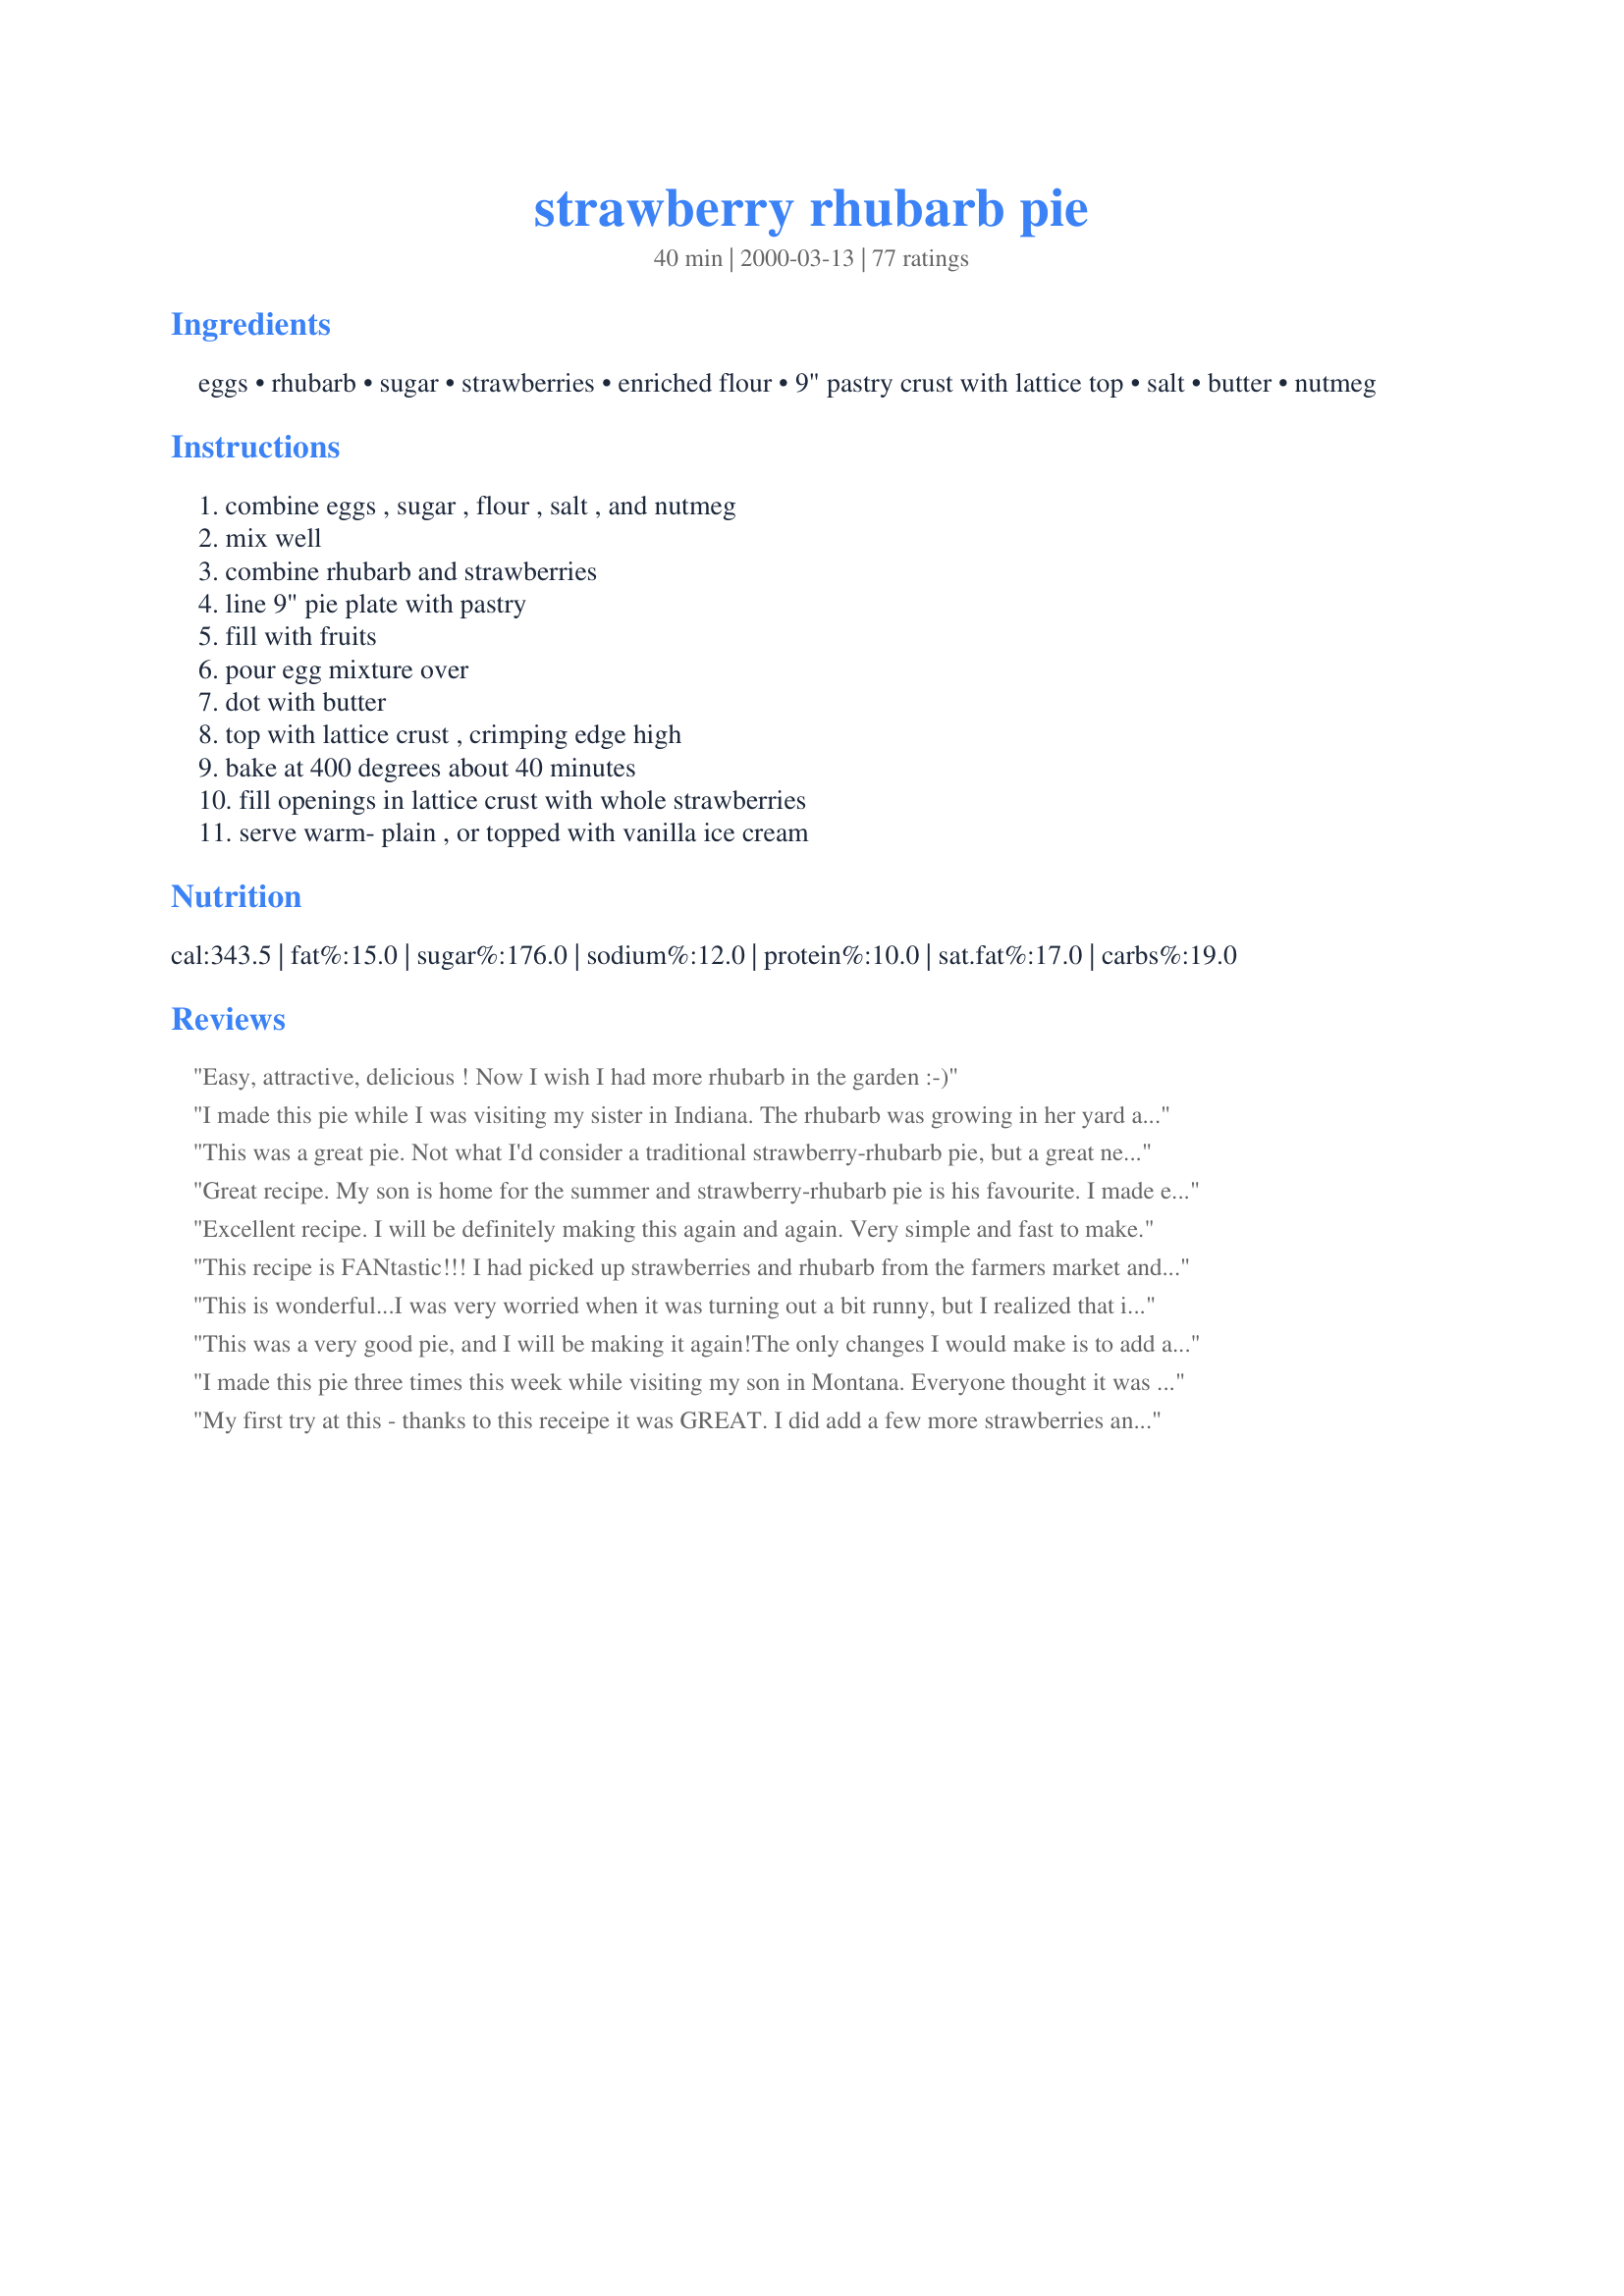
strawberry rhubarb pie
Preparation time: 40 minutes

Ingredients:
eggs, rhubarb, sugar, strawberries, enriched flour, 9" pastry crust with lattice top, salt, butter, nutmeg

Steps:
combine eggs , sugar , flour , salt , and nutmeg, mix well, combine rhubarb and strawberries, line 9" pie plate with pastry, fill with fruits, pour egg mixture over, dot with butter, top with lattice crust , crimping edge high, bake at 400 degrees about 40 minutes, fill openings in lattice crust with whole strawberries, serve warm- plain , or topped with vanilla ice cream

Reviews:
Easy, attractive, delicious ! Now I wish I had more rhubarb in the garden :-)
I made this pie while I was visiting my sister in Indiana. The rhubarb was growing in her yard and the strawberries at the grocery store looked great.
The pie was excellent and enjoyed by everyone. Thank you for this recipe CoffeeMom. (I'm making it again today for my husband, at home.)
This was a great pie. Not what I'd consider a traditional strawberry-rhubarb pie, but a great new experience. This is my husband's favorite kind of pie so I decided to give it a whirl. He said that it was different than anything he's had, but it is now his favorite kind of rhubarb pie. He really liked the custard addition and I liked it because it was SO easy to make. Thank you!
Great recipe. My son is home for the summer and strawberry-rhubarb pie is his favourite. I made exactly as per the recipe, but instead of the lattice top, I used a flour, butter and sugar mixture that I crumbled over the top. Excellent!
Excellent recipe. I will be definitely making this again and again. Very simple and fast to make.
This recipe is FANtastic!!! I had picked up strawberries and rhubarb from the farmers market and had never made this pie before and it turned out AMAZING!!! My new fave pie to eat and make!
This is wonderful...I was very worried when it was turning out a bit runny, but I realized that in this recipe you have called for a homemade shell, which is bigger and deeper. I bought a pre-made shell and normally they are smaller, so I added less of the sauce and it seemed to work out great. cooked in conventional oven for about 25-30 min. Thanks for the recipe, this one is a keeper!
This was a very good pie, and I will be making it again!<br/>The only changes I would make is to add a little more strawberries and less rhubarb. I took this to work for a co-worker's birthday and everyone loved it.
I made this pie three times this week while visiting my son in Montana. Everyone thought it was fantastic. I didn't change anything except I didn't pretty it up with the whole strawberries. I certainly give it five stars!
My first try at this - thanks to this receipe it was GREAT. I did add a few more strawberries and cut the rhubarb back to 2 cups but I don't think it changed the taste that much!
This pie is very good but the texture was a bit custard-y. Next time I'll use only 2 eggs and see how that works out. It is a very pretty pie and a summer speciality.
This was absolutely delicious! I had to sub Splenda for the sugar, but otherwise followed the recipe to a 'T' and it turned out perfectly. I used fresh strawberries that had been rinsed and drained and my filling held up marvelously - no issues.
This was strawberry rhubarb soup. Followed the directions exactly and had an expensive, embarrassing mess. The rhubarb was also still hard even though I cut it very thin but the crust was burning. I suggest baking at a lower temp for a longer amount of time if you MUST use this recipe. Yuck...
I was surprised and saddened - I actively disliked this pie. I felt the nutmeg really didn't work - it clashed strongly with the tart strawberries and rhubarb, making an unpleasant flavour.

Also, like another one of the commenters, this pie was utterly liquid, which also surprised me. I hypothesise that in my case, this was due to the use of both frozen rhubarb and frozen strawberries, which contained too much liquid (should have thawed and drained), but the custard didn't stand a chance. With fresh ingredients, I MIGHT give it another chance, but I'd definitely cut out the nutmeg.

I'm glad it has worked for others, but the only thing I liked about my piece was my crust.
I have never made a strawberry rhubarb pie before and I liked this recipe because of its simplicity..This was a very good pie that didn't disappoint a keeper for sure... thanks CoffeeMom
My family and I really enjoyed this. I had been looking for a way to use some unsweetened strawberry preserves. I followed this recipe exactly as it was written, except for substituting the unsweetened strawberry preserves for fresh strawberries. It worked beautifully -- tasted great and nice consistency.

Thank you for such a good. light dessert.
Great taste.
it was dreadful. there was tons of liquid It was more like a soup.
Great Pie - not runny all over the place. I'm not crazy about nutmeg but that's just personal preferance. Thanks for the recipe.
This pie went over pretty well with everyone. The one thing I would change would be more strawberries, and less rhubarb! I like a little less of the sour I guess. I didn't add the whole strawberries into the lattice holes, but I did apply egg wash to the pie for that nice shiny effect. 

Also, this time of year, I can't get fresh strawberries or rhubarb, so I used frozen whole strawberries, which I sliced, and frozen sliced rhubarb. 

I used a 9 inch Pillsbury Pet-Ritz DEEP crust (frozen), and I used a Pillsbury All Ready Pie crust (ready to use--refrigerated) for the lattice on top. I used my egg wash to help the pie dough stick the the frozen crust (it was semi-thawed by the time I did this). 

We had this pie (I made two of them) today for Christmas dinner. We took pictures with my digital camera, and I have uploaded a picture for this recipe. 

Thanks for posting!
Pie was great!! Filling spilled over the sides which took away from the looks but it tasted great.
This was the answer to a prayer. Wonderful sweet and sour taste and so easy to make. My hubby says this is his favorite new pie. Thanks! Dolores
I forgot to rate this last summer when I used fresh rhubarb. It was the best strawberry rhubarb pie ever. Everyone loved it. So, I'm making it for Thanksgiving using frozen rhubarb and strawberries. I hope it's just as good. I'll let ya know. Oh, I bake on the bottom rake so the crust isn't doughy. I made this using frozen rhubarb and it wasn't as good. The rhubarb was rubbery. I'll have to experiment with the frozen. Fresh rhubarb was awesome!
Very delicious. The eggs made a nice custardy texture.
I would give this recipe 10+ it was excellent, easy, not too sweet, not too sour, not runny, not too firm...just right.....Do try!
Never had rhubarb pie before... this was sweet and sour and I think I will make it again once rhubarb goes back on sale =)
This recipe is one of my favorites. I was visiting my dad&#039;s ranch and he had lots of rhubarb growing in the garden so I made use of as much as possible. With the addition of strawberries this was a perfect blend of sweet and sour. I used refrigerated pie crusts so it was easy making a lattice top crust. I brushed with milk and sprinkled with sugar to give a really pretty crust. This is a keeper
I made this recipe last week after trying several different ones. It was wonderful & my father who has never been one of much praise said it was the best he had had in his 70 years. Thanks so much for sharing it with the community!
Great!!!
This did not set up at all.I cut into it and it was soup,total liquid.It was a waste of time and ingredients.I definitely will not make this again!
Just made this today and it was excellent. My husband says it is just like "ma's", so that is itself is a huge compliment.
This was the messiest pie I have ever made. To quote my husband, he said, "This is rhubarb goulash." It tasted fine, but the presentation was terrible. Too bad I had company over.
Excellent! Took this to a party with about 25 people there and they cleaned it up. They were sharing pieces to make sure they all got a taste and even the people who didn't think they liked rhubarb liked this.
My husband and i literally finished this cake off in two days.. it was delicious!! I think next time I might increase the fruit a bit... fantastic cake!! :)
Thank You, Thank You, Thank You! This is without a doubt the BEST Strawberry-Rhubarb Pie my family has ever had---the best part---they all agreed it was! Made it with EggBeaters, Splenda, Promise Margarine---Outstanding!
This was my first strawberry-rhubarb pie I've made and it turned out great! My husband had never had one before and he thought it was excellent. The eggs really add to the recipe, wonderful texture.
This is so good. The only thing I did different was ... I bought the pie crust and used one for the bottom and one on top just cut slits for the top one.
Awesome pie!! I did everything like the recipe said except I added a whole pint of strawberries. It turned out GREAT! Not runny at all. The juices didn't spill over or anything. Thanks for the great recipe!
Tasty, but I think I will stick to the more traditional strawberry-rhubarb pie recipes.
This recipe appealed to me because of how easy it was.The ingredients were simple- all you have to go out of your way for is the rhubarb and strawberries. I used a little more rhubarb and strawberries than what the recipe called for and only 1 cup of sugar. I found this to be perfect. I don't like things that are overly sweet and this seemed to work. You must have an appreciation for sour though, like apple pie's made with Granny Smith's.
This was delicious...I didn't really follow the amounts...I just put enough strawberries in rhubarb in to fill two pies, then made the egg mix to pour on top. I made a different crust recipe that was super simple and delicious...I used whole wheat flour and I think it added a nice touch of flavor. :)
This was a very yummy pie. I used turbinado sugar instead of regular sugar. I also used two pie shells; one for bottom and one spliced to make lattice. I was pressed for time and it seemed to work beautifully. My family loved every bite. My youngest two were licking their plates clean. Thanks for the great pie!
I liked the blend of flavors, but the rhubarb was not done in 45 minutes and it looked like soup when I took a piece out. I used frozen rhubarb and strawberries so on top of the flour thats called for I added almost as much cornstarch. I put it back in the oven (minus the two test slices) for about 20 minutes and it seemed to set up better, and the rhubarb was finally tender.
Very tasty! I used a little more rhubarb and strawberries. I also cut down on the sugar (only 3/4 cup) and it was still a little too sweet for me. Also, (maybe because I added more filling) it was a little liquidy, even after it chilled. I also cooked it a little longer (again, more filling). I will definitely make it again!
This was pretty tasty although I was disappointed with the consistency. I guess thats what I get when I don't follow directions. I couldn't find any rhubarb so I just added more strawberries (bad idea). Since strawberries are mostly water the pie turned out super watery. Still had a great taste though despite. Thank you for sharing!
Very good!
The addition of the eggs in the filling is a plus. The last pie I made was runny. Very easy to made, even if you made your own pie shell which I prefer.
Well, I like this recipe very much. I made it several times in the spring/summer using fresh and twice in the last 2 weeks using frozen. For the frozen I make sure to thaw the strawberries and the rhubarb and drain them sufficiently.
It was good! Everyone enjoyed! In the future I would add a little more Flour for thickening because it was runny and a few drops of food coloring to make it a deeper red.
I made this with my 5 year old grandson, who loves fruit! It turned out great! He had 2 pieces and wanted another!! I used 3 cups of assorted berries (strawberries, raspberries, blackberries and blueberries) along with 2 cups of rhubarb. Also, added 1 T quick cooking tapioca.<br/><br/>I will make this again and again. Thanks!!!!!
I really enjoyed this pie. My weekly produce delivery included rhubarb and strawberries so I needed a recipe. I had 1 1/2 cups of rhubarb and 2 1/2 cups of strawberries. It worked great.
This was an excellant pie! My husband has been asking me to find a recipe like this one. I used frozen rhubarb, which I thawed. My pie plate is very deep, so I had to bake it about 15 minutes longer than the recipe calls for. Turned out very yummy!
This was a very good pie! I like that this pie wasn't overly sweet like the strawberry-rhubarb pies that you can buy. I made this pie the easy way -- I used egg beaters instead of eggs, Splenda instead of sugar, frozen fruit (which I thawed) and the raw Pillsbury ready-to-use pie crusts, cutting one into strips to make the lattice top. It turned out perfect and my daughter said it looked much prettier than the pies we see at grocery store bakeries.
Fantastic!
Excellent recipe! For my first Strawberry-Rhubarb pie experience. I did find however using store bought pie shells there is a little to much filling, that ended up on the bottom of my oven, even using a cookie sheet. I am about to make another one with a friend. I am about to make another one with a friend. Thanks again!
My daughter made this recipe, with my help. It was a request for a lost bet and she ended up the winner with this pie! Most excellent!
I made this for my husband who is a rhubarb lover, for Father's Day. I've never cared much for rhubarb, but I can't stay away from this pie, it is wonderful! Our picky daughter is also cruising the kitchen for it. It was no trouble to make, and I made it a day ahead because my oven would be taken with the prime rib I served yesterday. Incredible I could enjoy rhubarb so much. Thanks, Coffeemom!
I'm not sure if I used the exact rhubarb and strawberry amounts, but the pie turned out wonderful! My BF, who asks if every desert I make is rhubarb, absolutely loved this pie! Better than G-ma's :) Thanks for sharing!!!
Great recipe!
I purchased two pie crusts and used the second one to roll out and cut strips for the lattice. I, like the other reviews, would have liked more strawberries and less rhubarb.
I'll add to the rave reviews! I made this yesterday and was so pleased with the outcome! I used storebought pastry (too lazy to do my own since I don't have a rolling pin). The amount of sugar was just right for the sourness of my fruit. We ate half of the pie with whipped cream, and I am looking forward to having the rest for dessert tonight. I was a little worried about the egg in the pie (I don't think I've ever seen a fruit pie with egg) but it was *so* good, and not "eggy" tasting at all. Thanks CoffeeMom!!
My husband said this is the best rhubarb strawberry pie he has ever eathen!
This was a fantastic pie. I used my own crust and didn't put on a lattice top, instead opting for a brown sugar streusal topping and the pie turned out gorgeous! I loved the delicious nutmeg custard that settled around the fruit, I served it at room temperature accompanied with clotted cream for a real delicious taste treat! I will make this again!
Great recipe...I have never made a strawberry rhubarb pie before...I used splendra instead of sugar and it turned out great...
I would give this recipe 10 starts if I could! This is the best pie I have had in a long time. I made 3 of these so I'm glad they turned out so tasty! I am giving two of them away today so I don't get tempted to eat them lol! I made so many because my brother has a garden and has an abundance strawberries and rhubarb right now and he gave me quite a bit and I'm so glad he did :-). I followed this recipe exactly except I used the refridgerated 9" pie crust that you roll out and just cut one of them into strips with a pizza cutter to make the lattice top. I also baked the pies just a few minutes longer..by mistake but it turned out well this way. Thanks again coffeemom!
First try I made it as posted and baked it in a deep dish frozen shell left in the aluminum pie pan to bake on second to the lowest rack in oven. Bad idea. Crust was deep brown, Rhubarb was soft (but I cut in 1/4 inch pieces rather than 1 inch listed), Tasted great, but it ran like a river when cut! It was fruit soup :-0! Sooo, 2nd try after a 15 minute google of "runny pie", I now Bake this one in glass pie pan (9.5in pyrex) but cheating still by using the refrigerator pre-made dough. I Bake on lowest rack in oven. I Let eggs and fruit get close to room temp before cracking & mixing. I Cover only the crust edges with foil, and I baked at 425 degrees for 15 min, then removed foil and reduced heat and baked at 375 for about 35 min more. I used 2 cups each (Rhubarb & Strawberries) both times. I cut my sugar to 1cup for the second try as my berries were pretty sweet. I added 1/2 Tablespoon corn starch too for extra "no runny pie" luck.... and BAM, It's a a real pie not fruit soup, it's not even weeping too much juice let alone runny. For those that failed, I'd try again. Well Worth the effort! I'm even brave enough to skip the corn starch for 3rd times a charm but I will use lowest rack, bake in a glass pie pan, let eggs/fruit warm a bit, bake with these new temps and times. I think that is why the second time fixed the runny pie problem and I invite those that suffered fruit soup to try these tips and try this pie again. Enjoy!
My husband actually said this pie was better than a major restaurant chain.. and it got another wife saying her husband would be bragging about this pie for weeks.. thank you!!
This was a BIG hit. Very simple. I used ready made pie crust. Even those who thought they did not like Rhubarb liked this. Thanks for sharing this
This was delicious! The consistency was a little runny, even though I added almost 1/4 cup of cornstarch. But the flavor was awesome and I'm enjoying the it the next day!
Worth every star! 
Just for personal preferences, I used mini-tart shells and skipped the lattice work on the top. For each tart I put a handful- enough to form a small mound- of rhubarb/strawberries in each cup and then poured the egg mixture over them individually until the mixture filled 3/4 of the cup. I posted a pic of the finished tart to show how it turned out. Overall, very nice texture, flavor, and combination. I'll be making this regularly through-out the rhubarb season, and trying it out on my raspberries once they've grown in!!! Thanks very much!
I'm not giving any stars this time around because I didn't like the way it turned out. It was too runny. The taste was great and the pie looked picture perfect until I cut it. I'm going to try it again and use some cornstarch as others have suggested. I followed the directions exactly and used fresh fruit and homemade crust.
this was absolutely delish!! My custard didnt all set properly but that may have been because my oven was too hot (I work in celcius and may have converted the temperature wrongly) but the flavour was devine and the nutmeg gave it a rich flavour.
I really liked the taste of the rhubarb. My wife generally hates pie, but she loved this recipe. I thought the nutmeg came across a little too strong however, and the filling was very watery. Next time I will skip the nutmeg and try a little cornstarch.
Based on some comments from previous reviews, I used 2 extra large eggs instead of 3, 1 C sugar instead of 1 1/4, added a few drops of almond flavoring and a couple Tbsp water. But I stuck with the original amounts of fresh rhubarb and strawberries which I thought was perfect for our taste. Making the lattice top was somewhat time consuming because I was not used to doing that and had to look up an online tutorial. After the first 15 minutes in the oven, I placed a silicon pie shield over outside edge of the pie crust the to protect it from getting overbaked. That is something I do with nearly all pies and which I recommend. The pie turned out perfectly baked and it looked and tasted great. Neither too sour or too sweet. This is one that I will definitely make again.
I tried this recipe because of the way it was prepared. This was different than any other rhubarb pie I have made. The flavor was very good. For the crust I used your egg pastry recipe #125218.

Thanks CoffeeMom. 

Bullwinkle.
My husband declared, &quot;Best pie ever!&quot; I have made three more since.
I have never had, much less made, Strawberry Rhubarb Pie, so I was thrilled when I tasted this for the first time. I used store bought crust, b/c I'm not that adventurous yet and it still turned out fabulous. My husband said this is the dessert he wants from now on. My 2 year olds even liked it! Now, to make sure I get at least one more slice.
Very good pie. I used frozen rhubarb and fresh strawberries. I was alittle disappointed in the mushyness but over all we all enjoyed. Thank you for sharing
